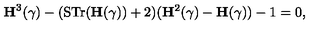
{ \bf H } ^ { 3 } ( \gamma ) - ( \mathrm { S T r } ( { \bf H } ( \gamma ) ) + 2 ) ( { \bf H } ^ { 2 } ( \gamma ) - { \bf H } ( \gamma ) ) - 1 = 0 ,